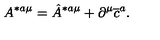
A ^ { * a \mu } = \hat { A } ^ { * a \mu } + \partial ^ { \mu } \overline { { c } } ^ { a } .